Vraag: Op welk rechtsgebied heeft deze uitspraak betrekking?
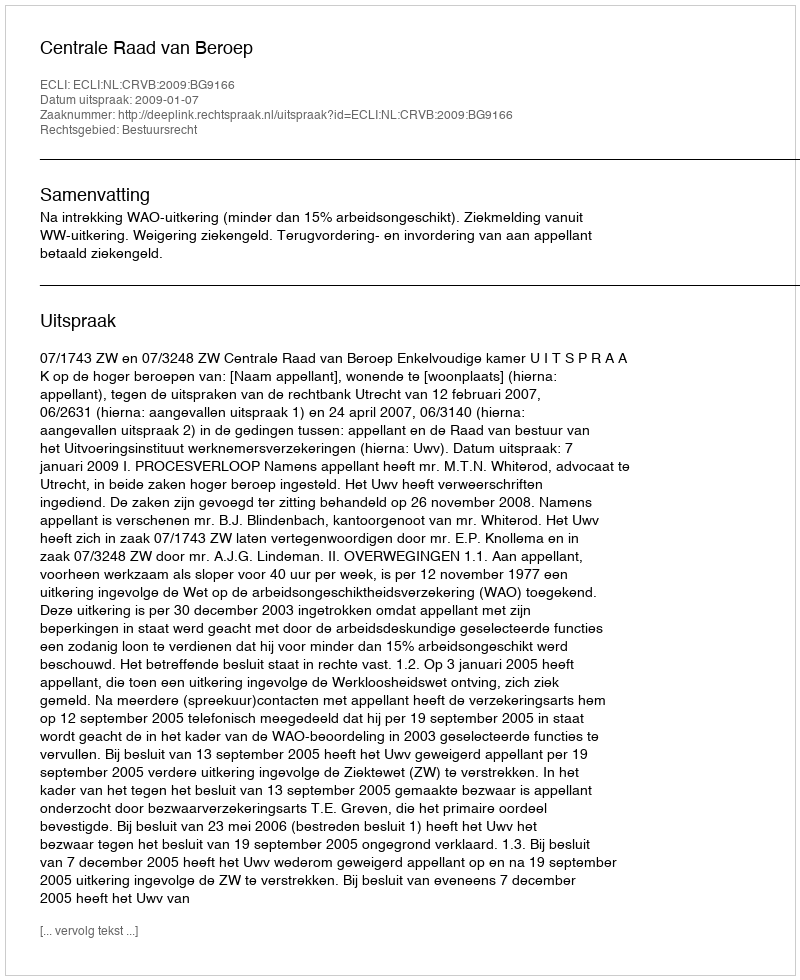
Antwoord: Bestuursrecht